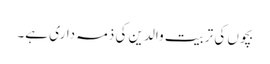
بچوں کی تربیت والدین کی ذمہ داری ہے۔